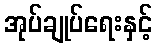
အုပ်ချုပ်ရေးနှင့်